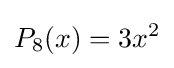
P_{8}(x)=3x^{2}